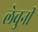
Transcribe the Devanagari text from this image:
लेवुनी